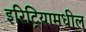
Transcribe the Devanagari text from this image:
इरिट्रियामधील